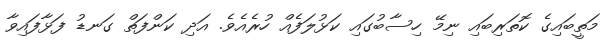
މަތީބައިގެ ކޮތަރިބައި ނިމޭ ހިސާބުގައި ކަޅުލަފެއް ހުރެއެވެ. އަދި ކަންފަތް ގަނޑު ފަޅާފައިވާ